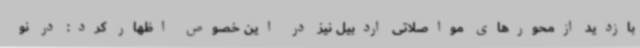
بازدید ازمحورهای مواصلاتی اردبیل نیز در این خصوص اظهار کرد: در نو